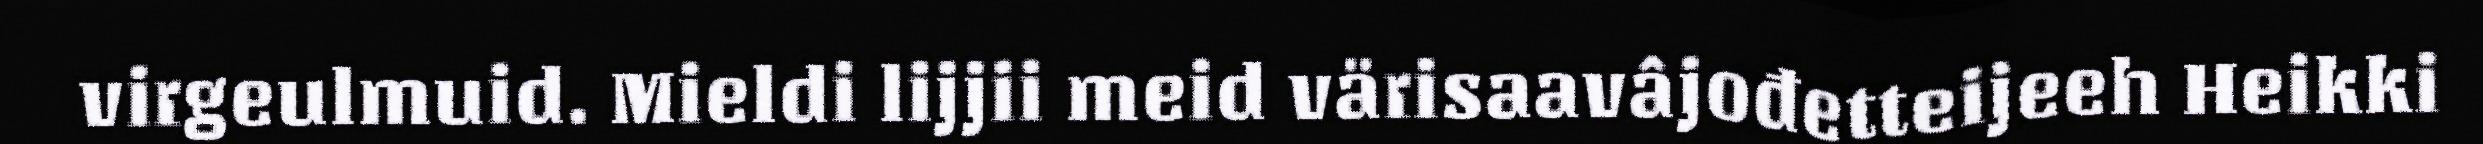
virgeulmuid. Mieldi lijjii meid värisaavâjođetteijeeh Heikki